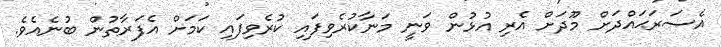
އެސަރަޙައްދަށް މޫދަށް އެރި އުޅުން ވަނީ މަނާކުރެވިފައި ކުރެވިފައި ކަމަށް އެފަރާތުން ބުނެއެވެ.